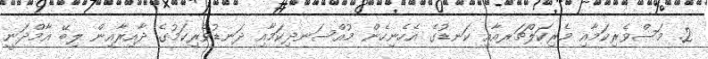
2. މަސްވެރިކަމާއި މެރިކަލްޗަރއާއި ކަނޑުގެ އެހެނިހެން މުއްސަނދިކަމާއި ދަނޑުވެރިކަމުގެ ދާއިރާއިން ލިބޭ އާމްދަނީ